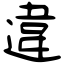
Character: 違